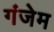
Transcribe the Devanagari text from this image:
गंजेम